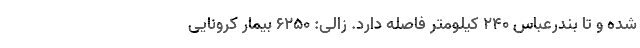
شده و تا بندرعباس ۲۴۰ کیلومتر فاصله دارد. زالی: 6250 بیمار کرونایی